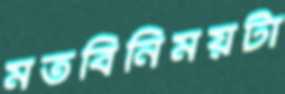
মতবিনিময়টা